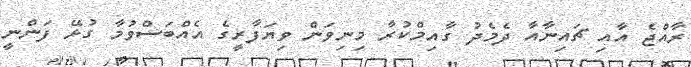
ރާއްޖެ އާއި ޗައިނާއާ ދެމެދު ގާއިމްކުރާ މިނިވަން ވިޔަފާރީގެ އެއްބަސްވުމާ ގުޅޭ ފަންނީ